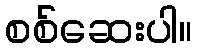
စစ်ဆေးပါ။